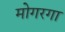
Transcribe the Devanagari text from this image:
मोगरगा